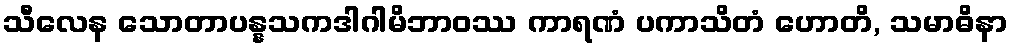
သီလေန သောတာပန္နသကဒါဂါမိဘာဝဿ ကာရဏံ ပကာသိတံ ဟောတိ, သမာဓိနာ